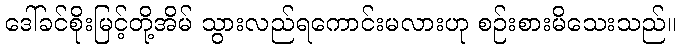
ဒေါ်ခင်စိုးမြင့်တို့အိမ် သွားလည်ရကောင်းမလားဟု စဉ်းစားမိသေးသည်။